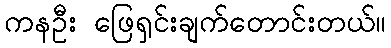
ကနဦး ဖြေရှင်းချက်တောင်းတယ်။